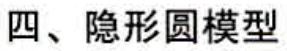
四、隐形圆模型